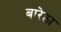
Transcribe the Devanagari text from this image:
बारेठा